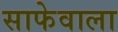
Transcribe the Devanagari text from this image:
साफेवाला